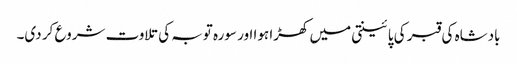
بادشاہ کی قبر کی پائینتی میں کھڑا ہوا اور سورہ توبہ کی تلاوت شروع کر دی۔